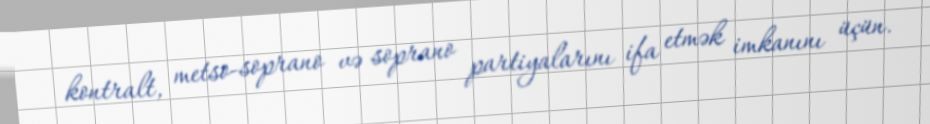
kontralt, metso-soprano və soprano partiyalarını ifa etmək imkanını üçün.